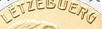
LETZEBUERG